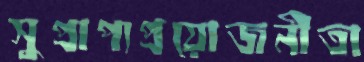
সুপ্রাপ্যপ্রয়োজনীতা